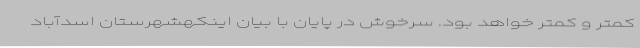
کمتر و کمتر خواهد بود. سرخوش در پایان با بیان اینکهشهرستان اسدآباد